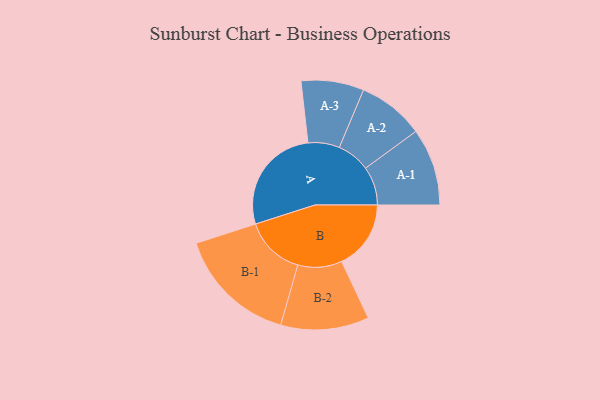
{"axis": {"x": "Segment", "y": "Value"}, "legend": ["", "A", "B"], "data": [{"x": "A", "y": 418, "type": ""}, {"x": "B", "y": 267, "type": ""}, {"x": "A-1", "y": 149, "type": "A"}, {"x": "A-2", "y": 128, "type": "A"}, {"x": "A-3", "y": 121, "type": "A"}, {"x": "B-1", "y": 232, "type": "B"}, {"x": "B-2", "y": 170, "type": "B"}]}